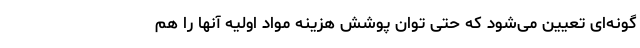
گونه‌ای تعیین می‌شود که حتی توان پوشش هزینه مواد اولیه آنها را هم